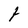
Character: t